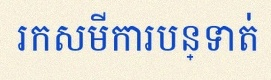
រកសមីការបន្ទាត់